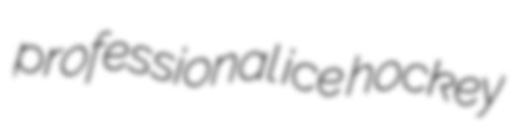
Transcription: professional ice hockey